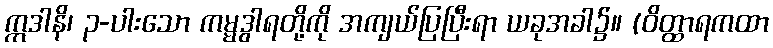
ဣဒါနိ၊ ၃-ပါးသော ကမ္မဒွါရတို့ကို အကျယ်ပြပြီးရာ ယခုအခါ၌။ (ဝိတ္ထာရကထာ